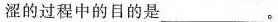
涩的过程中的目的是___。